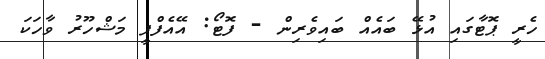
ހެރީ ޕޮޓާގައި އުޅޭ ބައެއް ބައިވެރިން - ފޮޓޯ: އޭއެފްޕީ މަޝްހޫރު ވާހަކަ